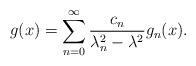
LaTeX: \begin{align*} g(x) = \sum_{n = 0}^\infty {\frac{{{c_n}}}{{\lambda _n^2 - {\lambda ^2}}}} {g_n}(x).\end{align*}